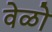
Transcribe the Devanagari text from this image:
वेळो